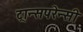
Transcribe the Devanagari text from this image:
ट्रान्सपरेन्सी